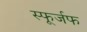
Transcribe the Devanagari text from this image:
स्फूर्जफ